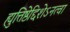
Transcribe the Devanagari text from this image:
ह्युत्तिष्ठेद्दिशेऽनत्वा